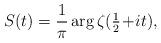
LaTeX: \begin{align*}S(t) = \frac{1}{\pi} \arg \zeta(\tfrac{1}{2}\!+\!it),\end{align*}